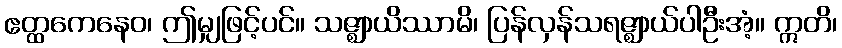
ဧတ္ထကေနေဝ၊ ဤမျှဖြင့်ပင်။ သဇ္ဈာယိဿာမိ၊ ပြန်လှန်သရဇ္ဈာယ်ပါဦးအံ့။ ဣတိ၊